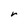
Character: r